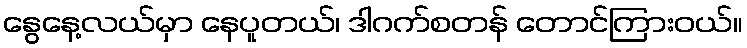
နွေနေ့လယ်မှာ နေပူတယ်၊ ဒါဂက်စတန် တောင်ကြားဝယ်။